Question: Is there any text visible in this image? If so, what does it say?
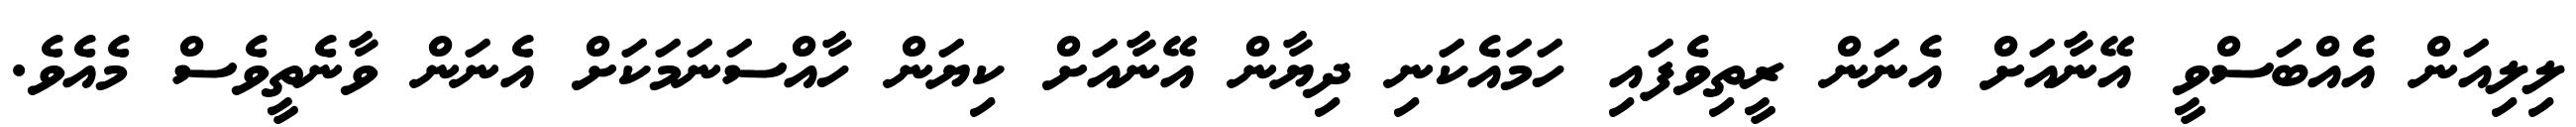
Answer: ލިލިއަން އެއްބަސްވީ އޭނާއަށް އެނަން ރީތިވެފައި ހަމައެކަނި ދިޔާން އޭނާއަށް ކިޔަން ހާއްސަނަމަކަށް އެނަން ވާނެތީވެސް މެއެވެ.